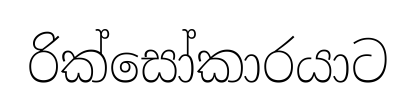
රික්සෝකාරයාට